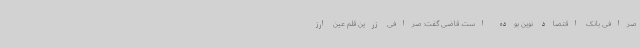
صرافی بانک اقتصاد نوین بوده است. قاضی گفت: صرافی زرین قلم عین ارز